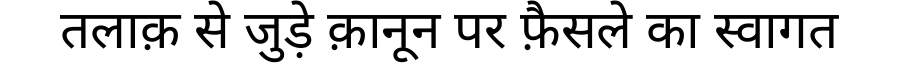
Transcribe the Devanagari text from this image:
तलाक़ से जुड़े क़ानून पर फ़ैसले का स्वागत